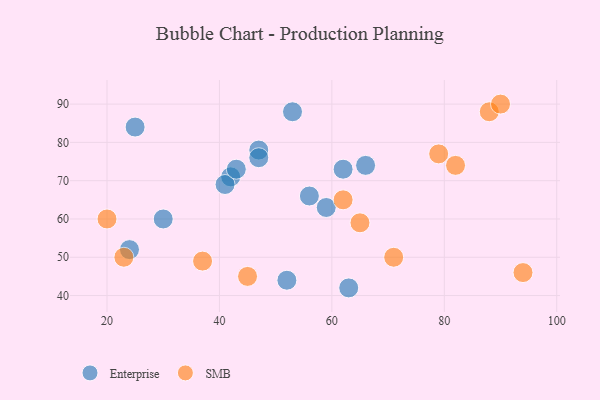
{"axis": {"x": "GDP", "y": "Life Expectancy"}, "legend": ["Enterprise", "SMB"], "data": [{"x": "24", "y": 52, "type": "Enterprise"}, {"x": "30", "y": 60, "type": "Enterprise"}, {"x": "42", "y": 71, "type": "Enterprise"}, {"x": "56", "y": 66, "type": "Enterprise"}, {"x": "41", "y": 69, "type": "Enterprise"}, {"x": "66", "y": 74, "type": "Enterprise"}, {"x": "62", "y": 73, "type": "Enterprise"}, {"x": "25", "y": 84, "type": "Enterprise"}, {"x": "47", "y": 78, "type": "Enterprise"}, {"x": "47", "y": 76, "type": "Enterprise"}, {"x": "53", "y": 88, "type": "Enterprise"}, {"x": "43", "y": 73, "type": "Enterprise"}, {"x": "63", "y": 42, "type": "Enterprise"}, {"x": "52", "y": 44, "type": "Enterprise"}, {"x": "59", "y": 63, "type": "Enterprise"}, {"x": "62", "y": 65, "type": "SMB"}, {"x": "65", "y": 59, "type": "SMB"}, {"x": "79", "y": 77, "type": "SMB"}, {"x": "20", "y": 60, "type": "SMB"}, {"x": "37", "y": 49, "type": "SMB"}, {"x": "94", "y": 46, "type": "SMB"}, {"x": "23", "y": 50, "type": "SMB"}, {"x": "82", "y": 74, "type": "SMB"}, {"x": "88", "y": 88, "type": "SMB"}, {"x": "45", "y": 45, "type": "SMB"}, {"x": "90", "y": 90, "type": "SMB"}, {"x": "71", "y": 50, "type": "SMB"}]}